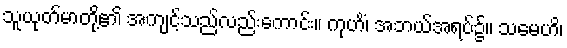
သူယုတ်မာတို့၏ အကျင့်သည်လည်းကောင်း။ ကုဟိံ၊ အဘယ်အရပ်၌။ သမေဟိ၊